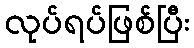
လုပ်ရပ်ဖြစ်ပြီး